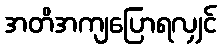
အတိအကျပြောရလျှင်